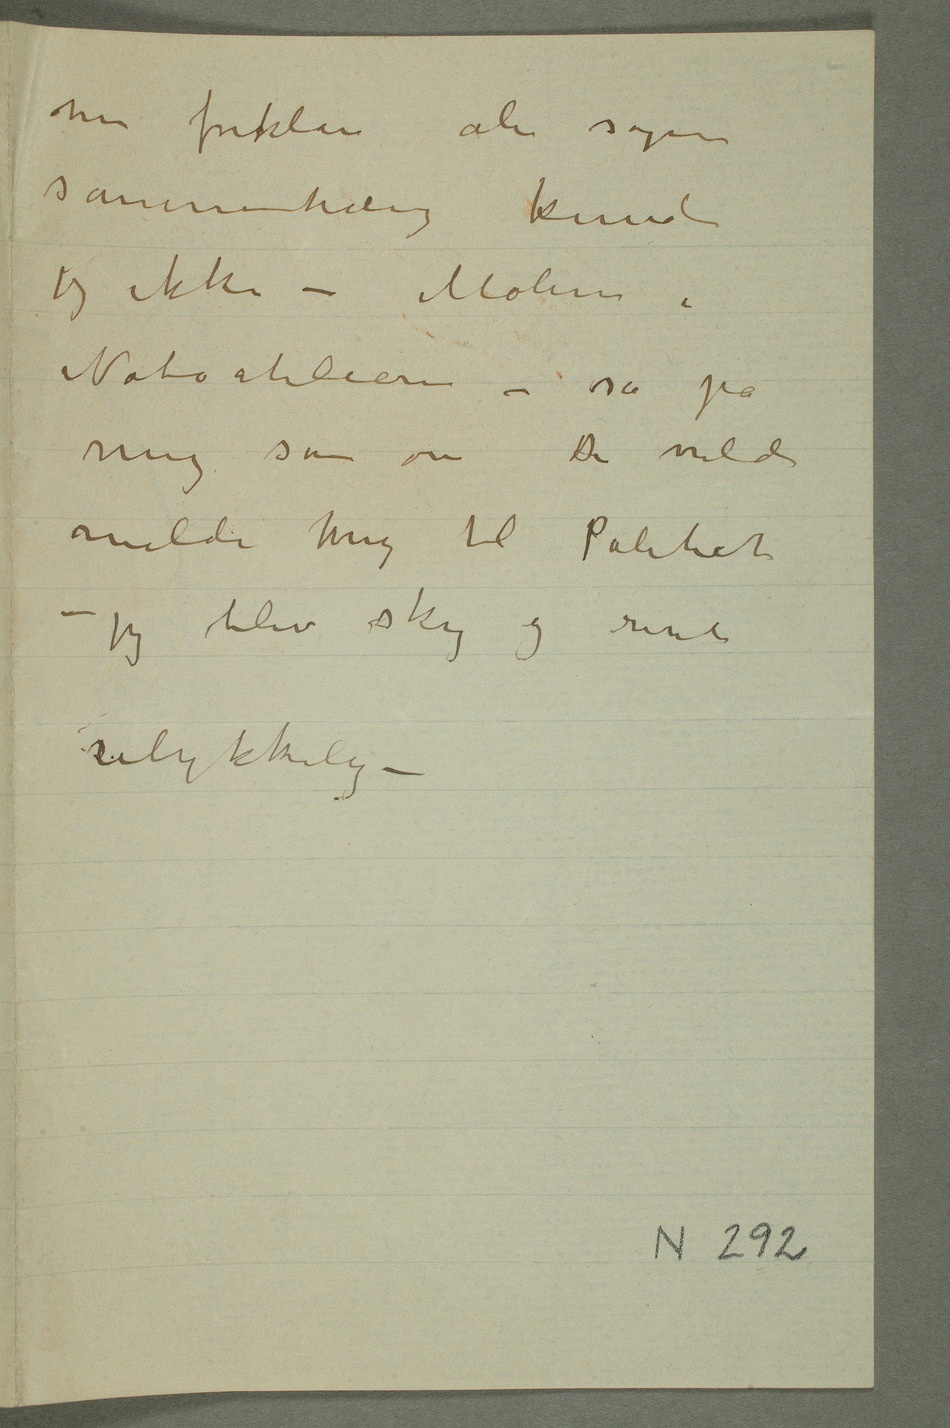
men forklare ale sagens
sammenhænge kunde
jeg ikke – Malerne i
Naboatelierene –
så på
mig som om De
melde mig til
Politiet –
jeg blev sky og
rent